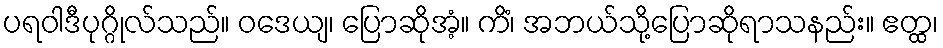
ပရဝါဒီပုဂ္ဂိုလ်သည်။ ဝဒေယျ၊ ပြောဆိုအံ့။ ကိံ၊ အဘယ်သို့ပြောဆိုရာသနည်း။ ဧတ္ထ၊